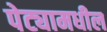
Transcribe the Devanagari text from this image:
पेट्यामधील